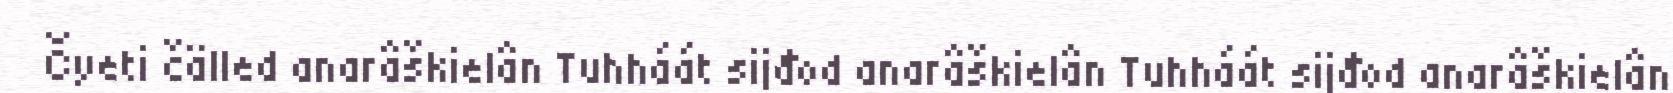
Čyeti čälled anarâškielân Tuhháát sijđod anarâškielân Tuhháát sijđod anarâškielân